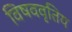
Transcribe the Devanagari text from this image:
विषववृतिय